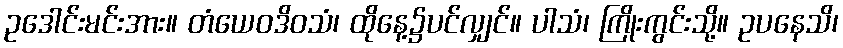
ဥဒေါင်းမင်းအား။ တံယေဝဒိဝသံ၊ ထိုနေ့၌ပင်လျှင်။ ပါသံ၊ ကြိုးကွင်းသို့။ ဥပနေသိ၊